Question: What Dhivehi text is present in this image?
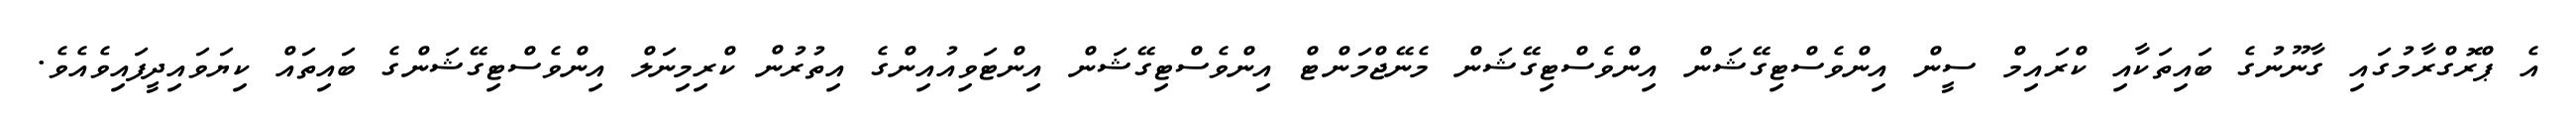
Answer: އެ ޕްރޮގްރާމުގައި ގާނޫނުގެ ބައިތަކާއި ކްރައިމް ސީން އިންވެސްޓިގޭޝަން އިންވެސްޓިގޭޝަން މެނޭޖްމަންޓް އިންވެސްޓިގޭޝަން އިންޓަވިއުއިންގެ އިތުރުން ކްރިމިނަލް އިންވެސްޓިގޭޝަންގެ ބައިތައް ކިޔަވައިދީފައިވެއެވެ.